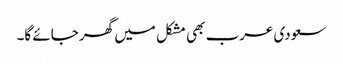
سعودی عرب بھی مشکل میں گھر جائے گا۔